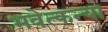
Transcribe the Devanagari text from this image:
भवेत्कन्या